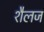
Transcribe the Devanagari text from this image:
शैलज